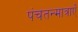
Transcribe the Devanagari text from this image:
पंचतन्मात्राएँ